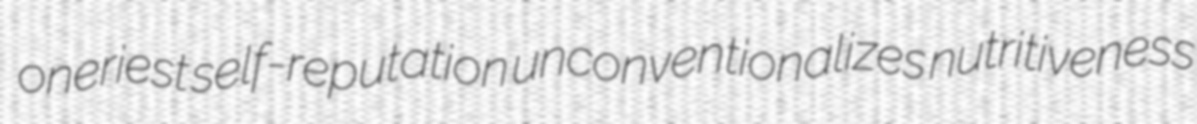
oneriest self-reputation unconventionalizes nutritiveness